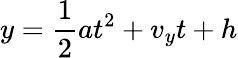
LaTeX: y={\frac{1}{2}}at^{2}+v_{y}t+h